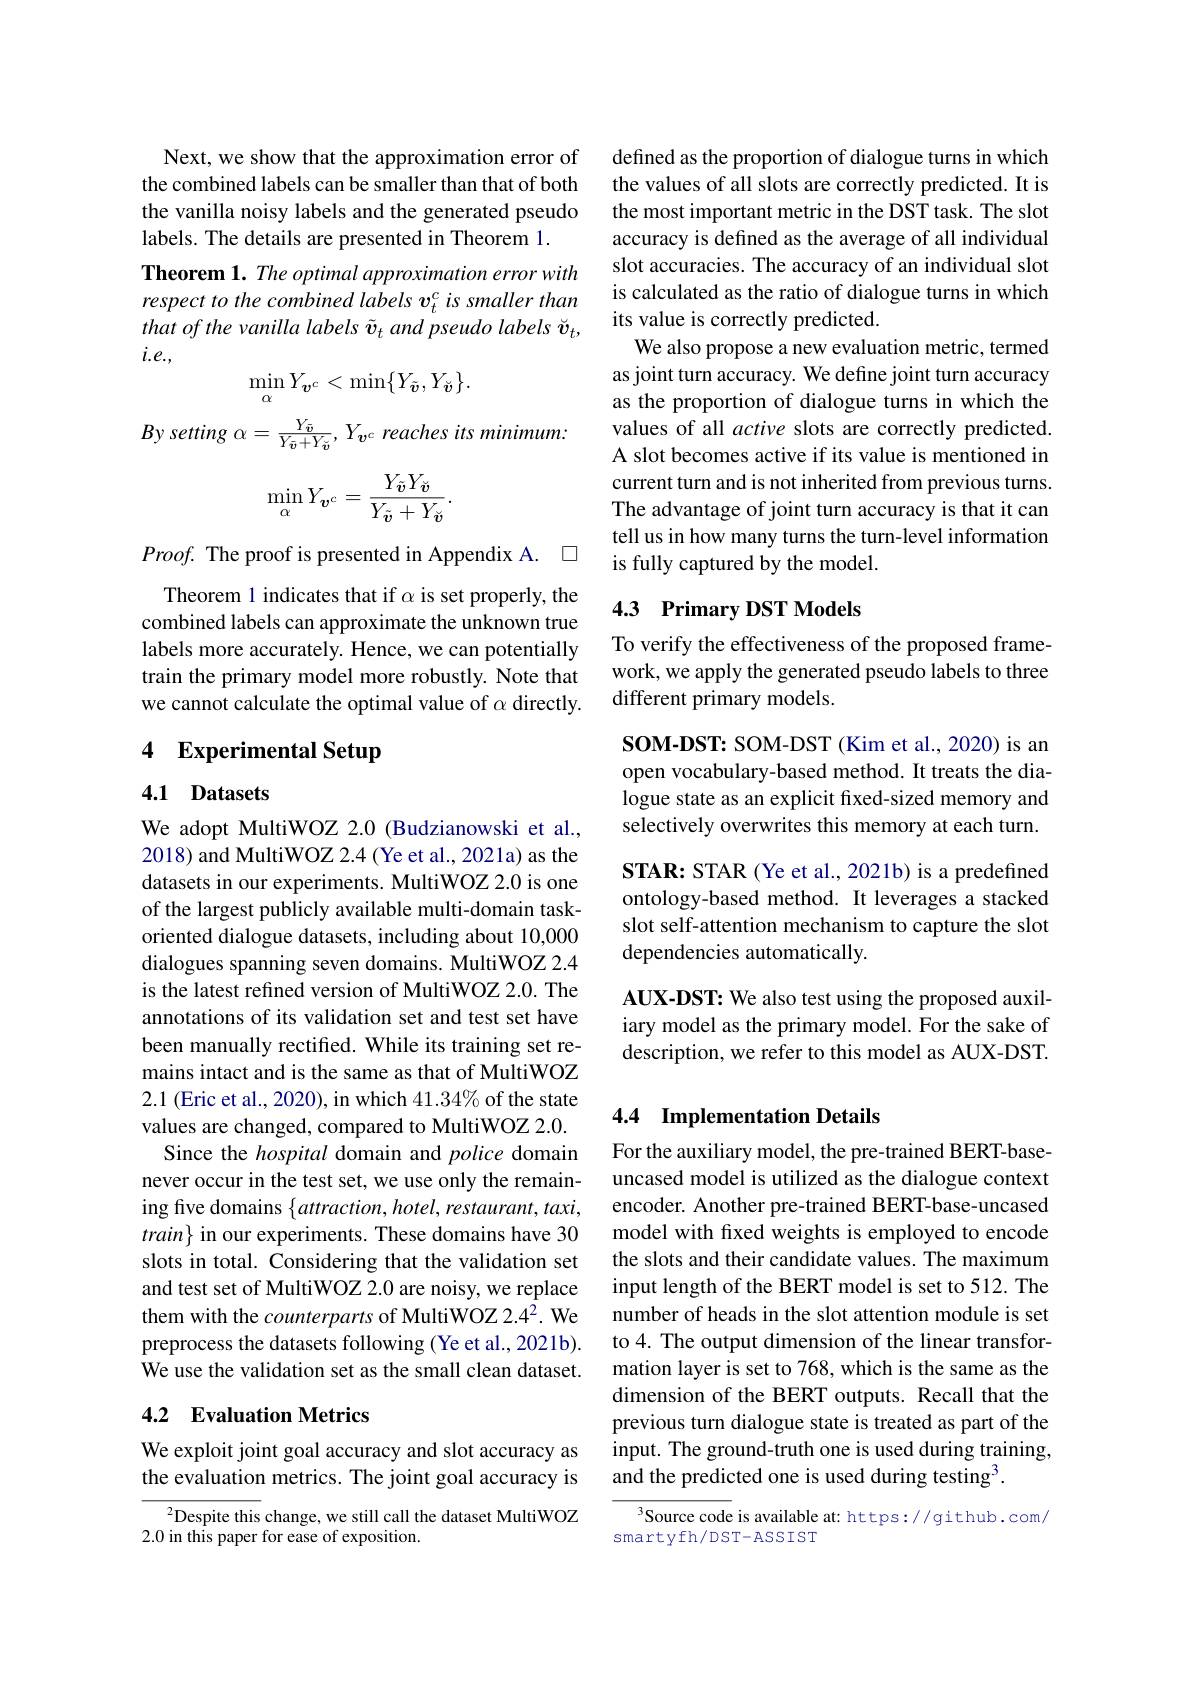
Next, we show that the approximation error of the combined labels can be smaller than that of both the vanilla noisy labels and the generated pseudo labels. The details are presented in Theorem 1.
Theorem 1. The optimal approximation error with respect to the combined labels v$_t^c$ is smaller than $that\textit{of the vanilla labels }\tilde{\boldsymbol{v}} _{t}$ and pseudo labels š $i.e.$,
$$\min_{\alpha}Y_{\boldsymbol{v}^{c}}<\min\{Y_{\tilde{\boldsymbol{v}}},Y_{\breve{\boldsymbol{v}}}\}.$$
By setting $\alpha = \frac {Y_{\bar{v} }}{Y_{\bar{v} }+ Y_{\breve{v} }}$, $Y_{\boldsymbol{v}^c}$ reaches its minimum:
$$\min_{\alpha}Y_{\boldsymbol{v}^{c}}=\frac{Y_{\tilde{\boldsymbol{v}}}Y_{\breve{\boldsymbol{v}}}}{Y_{\tilde{\boldsymbol{v}}}+Y_{\breve{\boldsymbol{v}}}}.$$
$Proof.$ The proof is presented in Appendix A.$\square$ Theorem 1 indicates that if $\alpha$ is set properly, the combined labels can approximate the unknown true labels more accurately. Hence, we can potentially train the primary model more robustly. Note that we cannot calculate the optimal value of $\alpha$ directly.

## 4 Experimental Setup

## 4.1 Datasets

We adopt MultiWOZ 2.0 (Budzianowski et al., 2018) and MultiWOZ 2.4 (Ye et al., 2021a) as the datasets in our experiments. MultiWOZ 2.0 is one of the largest publicly available multi-domain taskoriented dialogue datasets, including about 10,000 dialogues spanning seven domains. MultiWOZ 2.4 is the latest refined version of MultiWOZ 2.0. The annotations of its validation set and test set have been manually rectifed. While its training set remains intact and is the same as that of MultiWOZ 2.1 (Eric et al., 2020), in which $41.34\%$ of the state values are changed, compared to MultiWOZ 2.0.
Since the hospital domain and police domain never occur in the test set, we use only the remaining five domains $\{attraction,hotel,restaurant,taxi$, $train\}$ in our experiments. These domains have 30 slots in total. Considering that the validation set and test set of MultiWOZ 2.0 are noisy, we replace them with the counterparts of MultiWOZ 2.42. We preprocess the datasets following (Ye et al., 2021b). We use the validation set as the small clean dataset.

## 4.2 Evaluation Metrics

We exploit joint goal accuracy and slot accuracy as the evaluation metrics. The joint goal accuracy is

$^{2}$Despite this change, we still call the dataset MultiWOZ
2.0 in this paper for ease of exposition.

defined as the proportion of dialogue turns in which the values of all slots are correctly predicted. It is the most important metric in the DST task. The slot accuracy is defined as the average of all individual slot accuracies. The accuracy of an individual slot is calculated as the ratio of dialogue turns in which its value is correctly predicted.
We also propose a new evaluation metric, termed as joint turn accuracy. We define joint turn accuracy as the proportion of dialogue turns in which the values of all active slots are correctly predicted. A slot becomes active if its value is mentioned in current turn and is not inherited from previous turns. The advantage of joint turn accuracy is that it can tell us in how many turns the turn-level information is fully captured by the model.

## 4.3 Primary DST Models

To verify the effectiveness of the proposed framework, we apply the generated pseudo labels to three different primary models.

SOM-DST: SOM-DST(Kim et al., 2020) is an open vocabulary-based method. It treats the dialogue state as an explicit fixed-sized memory and selectively overwrites this memory at each turn. STAR: STAR (Ye et al., 2021b) is a predefined ontology-based method. It leverages a stacked slot self-attention mechanism to capture the slot dependencies automatically.

AUX-DST: We also test using the proposed auxiliary model as the primary model. For the sake of description, we refer to this model as AUX-DST.

### 4.4 Implementation Details

For the auxiliary model, the pre-trained BERT-baseuncased model is utilized as the dialogue context encoder. Another pre-trained BERT-base-uncased model with fxed weights is employed to encode the slots and their candidate values. The maximum input length of the BERT model is set to 512. The number of heads in the slot attention module is set to 4. The output dimension of the linear transformation layer is set to 768, which is the same as the dimension of the BERT outputs. Recall that the previous turn dialogue state is treated as part of the input. The ground-truth one is used during training, and the predicted one is used during testing3.

Source code is available at: https://github.com/
smartyfh/DST-ASSIST